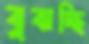
বুঝচ্ছি